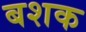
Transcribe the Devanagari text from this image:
बशक